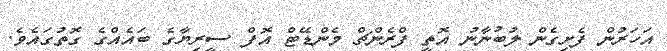
އަހަރުން ފެށިގެން ލުބުނާނު އޮތީ ފްރެންޗް މެންޑޭޓް އޮފް ސީރިޔާގެ ބައެއްގެ ގޮތުގައެވެ.